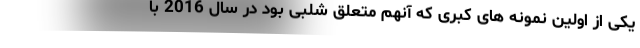
یکی از اولین نمونه های کبری که آنهم متعلق شلبی بود در سال 2016 با